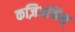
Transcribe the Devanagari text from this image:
कज़िअनिस्